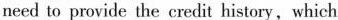
need to provide the credit history, which